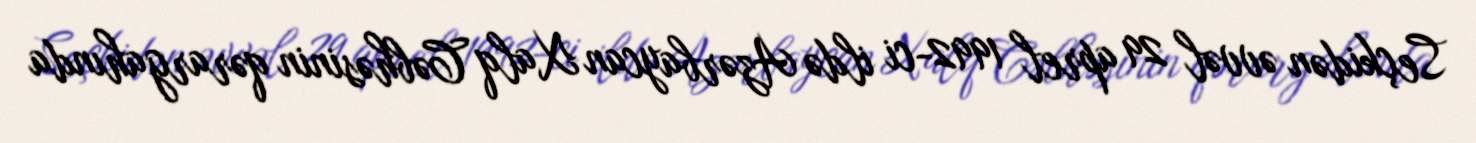
Seçkidən əvvəl 29 aprel 1992-ci ildə Azərbaycan Xalq Cəbhəsinin qərargahında